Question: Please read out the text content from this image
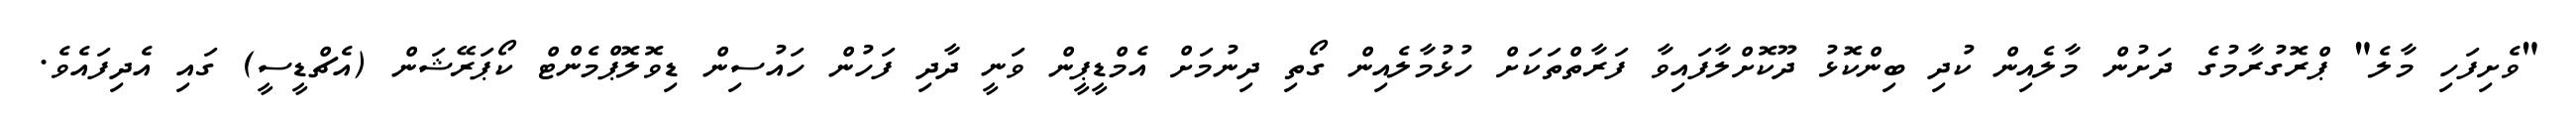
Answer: "ވެށިފަހި މާލެ" ޕްރޮގުރާމުގެ ދަށުން މާލެއިން ކުދި ބިންކޮޅު ދޫކޮށްލާފައިވާ ފަރާތްތަކަށް ހުޅުމާލެއިން ގޯތި ދިނުމަށް އެމްޑީޕީން ވަނީ ދާދި ފަހުން ހައުސިން ޑިވޮލޮޕްމެންޓް ކޯޕަރޭޝަން (އެޗްޑީސީ) ގައި އެދިފައެވެ.